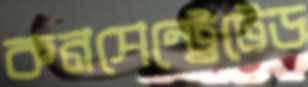
কনসেন্ট্রেটেড